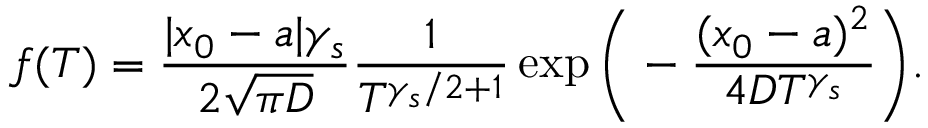
f ( T ) = \frac { | x _ { 0 } - a | \gamma _ { s } } { 2 \sqrt { \pi D } } \frac { 1 } { T ^ { \gamma _ { s } / 2 + 1 } } \exp \Bigg ( - \frac { ( x _ { 0 } - a ) ^ { 2 } } { 4 D T ^ { \gamma _ { s } } } \Bigg ) .